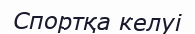
Спортқа келуі